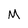
Character: M